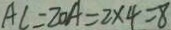
A C = 2 0 A = 2 \times 4 = 8